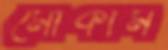
মোকাম